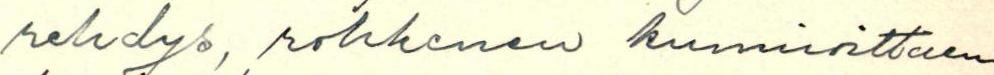
rehdys, rohkenen kunnioittaen